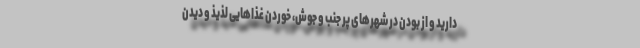
دارید و از بودن در شهرهای پر جنب و جوش، خوردن غذاهایی لذیذ و دیدن